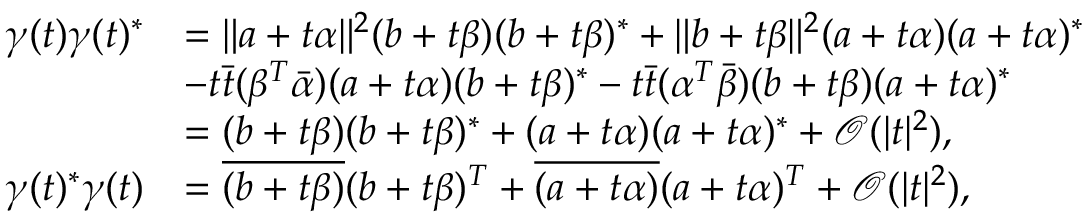
\begin{array} { r l } { \gamma ( t ) \gamma ( t ) ^ { \ast } } & { = \lVert a + t \alpha \rVert ^ { 2 } ( b + t \beta ) ( b + t \beta ) ^ { \ast } + \lVert b + t \beta \rVert ^ { 2 } ( a + t \alpha ) ( a + t \alpha ) ^ { \ast } } \\ & { - t \Bar t ( \beta ^ { T } \Bar \alpha ) ( a + t \alpha ) ( b + t \beta ) ^ { \ast } - t \Bar t ( \alpha ^ { T } \Bar \beta ) ( b + t \beta ) ( a + t \alpha ) ^ { \ast } } \\ & { = ( b + t \beta ) ( b + t \beta ) ^ { \ast } + ( a + t \alpha ) ( a + t \alpha ) ^ { \ast } + \mathcal { O } ( | t | ^ { 2 } ) , } \\ { \gamma ( t ) ^ { \ast } \gamma ( t ) } & { = \overline { { ( b + t \beta ) } } ( b + t \beta ) ^ { T } + \overline { { ( a + t \alpha ) } } ( a + t \alpha ) ^ { T } + \mathcal { O } ( | t | ^ { 2 } ) , } \end{array}